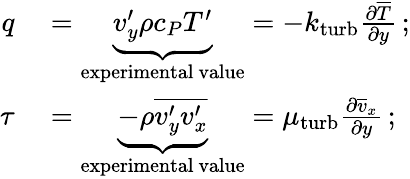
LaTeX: \begin{array}{rl}{q}&{{}=\underbrace{v_{y}^{\prime}\rho c_{P}T^{\prime}}_{\mathrm{experimental~value}}=-k_{\mathrm{turb}}{\frac{\partial{\overline{{T}}}}{\partial y}}\, ;}\\ {\tau}&{{}=\underbrace{-\rho{\overline{{v_{y}^{\prime}v_{x}^{\prime}}}}}_{\mathrm{experimental~value}}=\mu_{\mathrm{turb}}{\frac{\partial{\overline{{v}}}_{x}}{\partial y}}\, ;}\end{array}